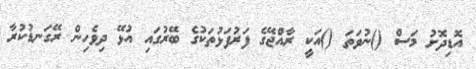
އޮޑިދޮށު މަސް ()ނުވަތަ ()އަކީ ރާއްޖޭގެ ފަރުފަޅުތަކުގެ ބޭރުގައި އުޅޭ ދިވެހިން ރޭގަނޑުކުރާ